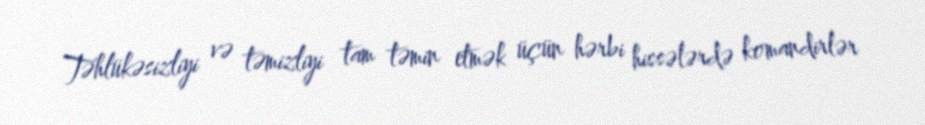
Təhlükəsizliyi və təmizliyi tam təmin etmək üçün hərbi hissələrdə komandirlər